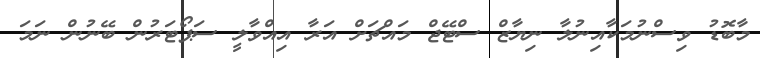
މާބޮޑު ވިސްނުމަކާއިނުލާ ނިޔާޒް ސްޓޭޖް މައްޗަށް އަރާ އިއްވާލީ ސަޕޯޓަރުން ބޭނުން ނަމަ